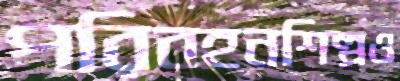
পরিবহনশিল্পও